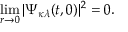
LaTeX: \operatorname * { l i m } _ { r \rightarrow 0 } | \Psi _ { \kappa \lambda } ( t , 0 ) | ^ { 2 } = 0 .